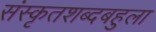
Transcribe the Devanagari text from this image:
संस्कृतशब्दबहुला